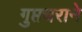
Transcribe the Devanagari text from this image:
गुप्तचराने